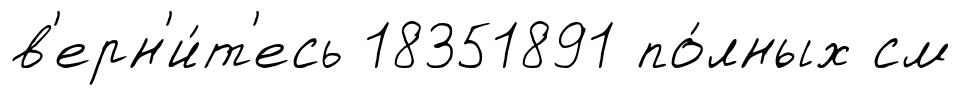
в'ерн'и́т'есь 18351891 по́лных см